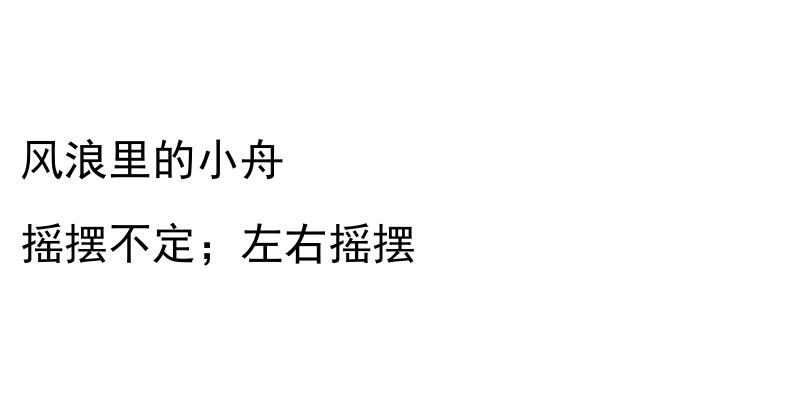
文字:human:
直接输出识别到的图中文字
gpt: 风浪里的小舟 摇摆不定；左右摇摆